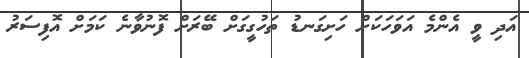
އަދި ވީ އެންމެ އަވަހަކަށް ހަށިގަނޑު ތަހުގީގަށް ބޭރަށް ފޮނުވާނެ ކަމަށް އޮފިސަރު